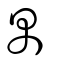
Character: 禺